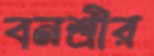
বনশ্রীর